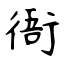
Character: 衙